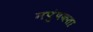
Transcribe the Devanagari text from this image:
नपुंषकता